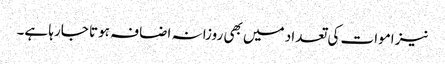
نیز اموات کی تعداد میں بھی روزانہ اضافہ ہوتا جارہا ہے۔